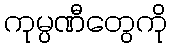
ကုမ္ပဏီတွေကို